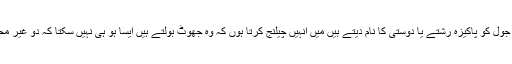
جو لوگ جنس مخالف کے ساتھ تعلقات یا میل جول کو پاکیزہ رشتے یا دوستی کا نام دیتے ہیں میں انہیں چیلنج کرتا ہوں کہ وہ جھوٹ بولتے ہیں ایسا ہو ہی نہیں سکتا کہ دو غیر محرم ساتھ ہوں اور شہوانی خواہشات جنم نہ لیں۔